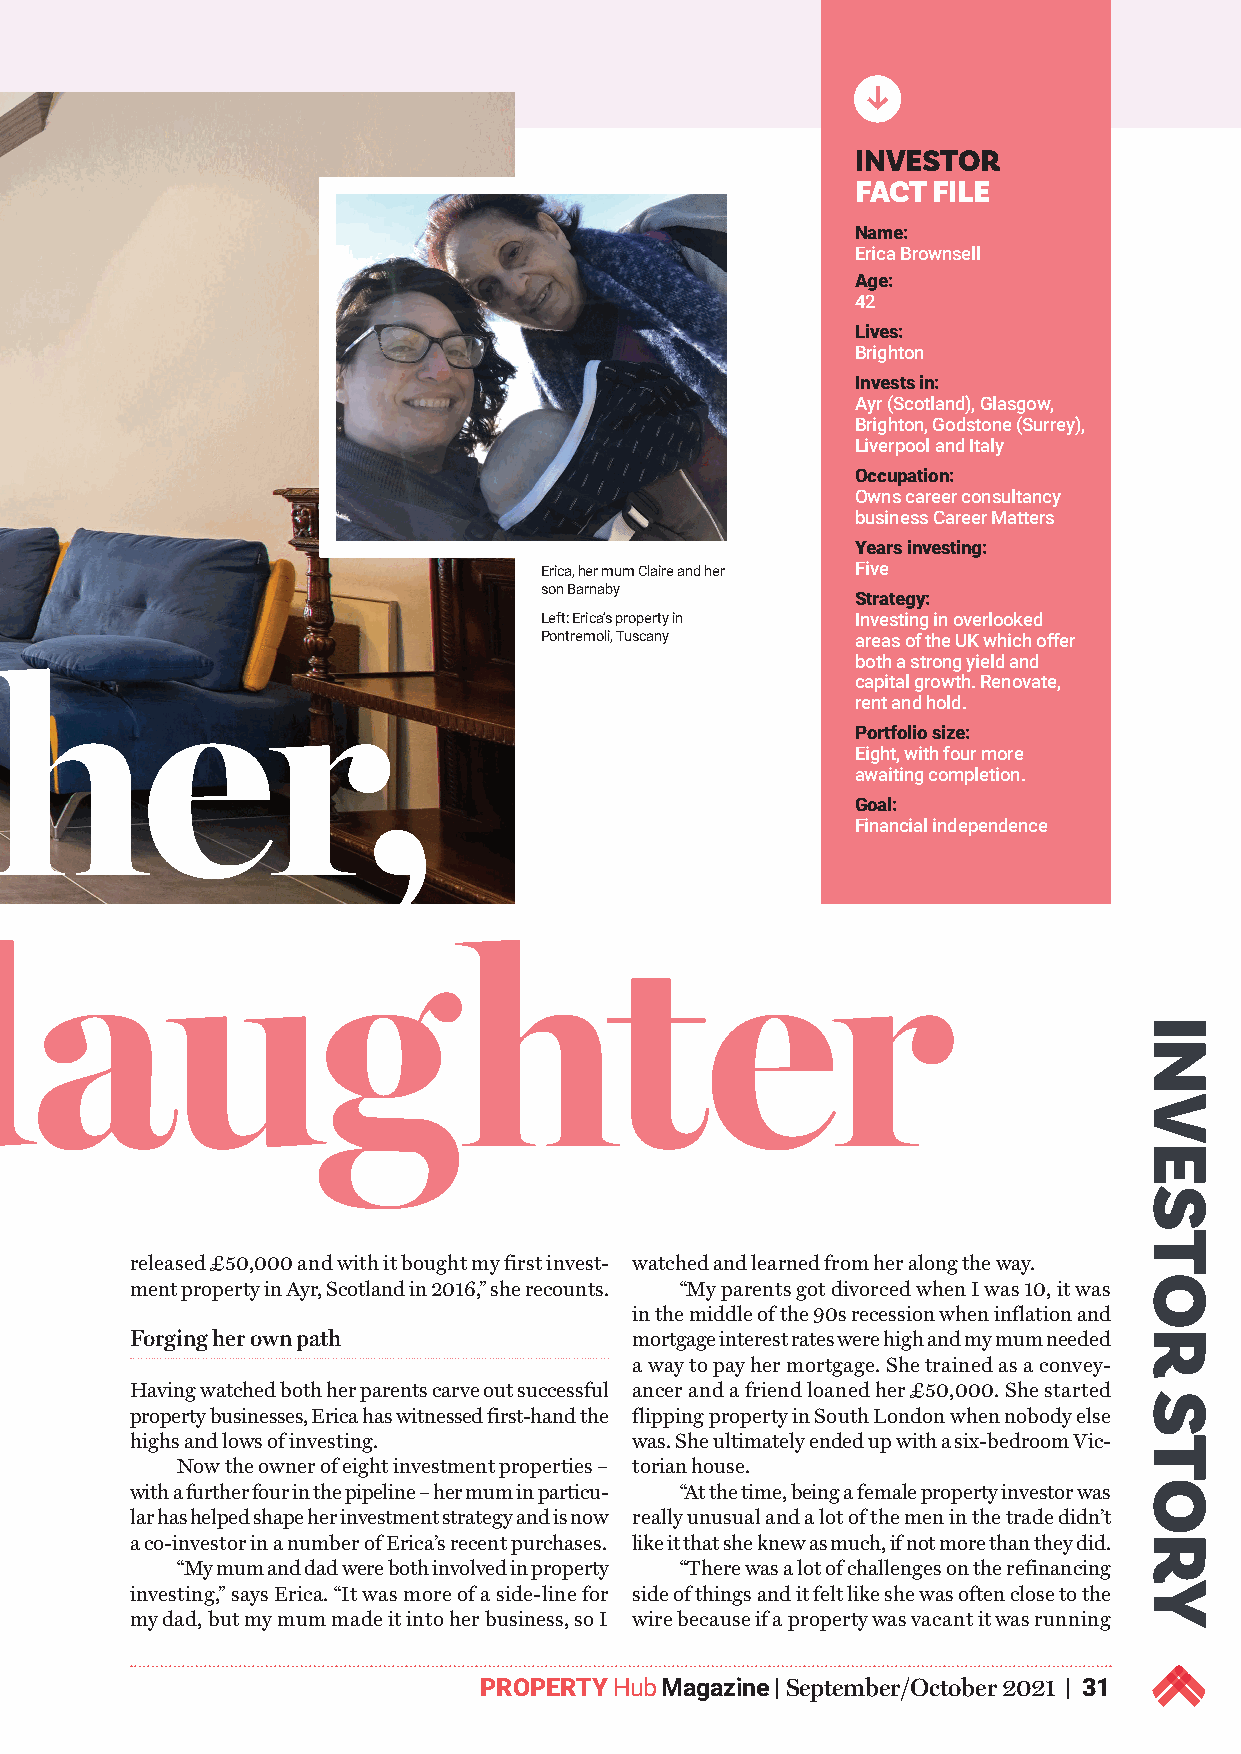
INVESTOR
 FACT FILE
 Name:
 Erica Brownsell
 Age:
 42
 Lives:
 Brighton
 Invests in:
 Ayr (Scotland), Glasgow,
 Brighton, Godstone (Surrey),
 Liverpool and Italy
 Occupation:
 Owns career consultancy
 business Career Matters
 Years investing:
 Erica, her mum Claire and her Five
 son Barnaby
 Strategy:
 Left: Erica’s property in Investing in overlooked
 Pontremoli, Tuscany  areas of the UK which offer
 both a strong yield and
 Like mother,
 capital growth. Renovate,
 rent and hold.
 Portfolio size:
 Eight, with four more
 awaiting completion.
 Goal:
 Financial independence
 like daughter
 released £50,000 and with it bought my first invest- watched and learned from her along the way.
 ment property in Ayr, Scotland in 2016,” she recounts. “My parents got divorced when I was 10, it was
 in the middle of the 90s recession when inflation and
 Forging her own path             mortgage interest rates were high and my mum needed
 a way to pay her mortgage. She trained as a convey-
 Having watched both her parents carve out successful ancer and a friend loaned her £50,000. She started
 property businesses, Erica has witnessed first-hand the flipping property in South London when nobody else
 highs and lows of investing.     was. She ultimately ended up with a six-bedroom Vic-
 Now the owner of eight investment properties – torian house.
 with a further four in the pipeline – her mum in particu- “At the time, being a female property investor was
 lar has helped shape her investment strategy and is now really unusual and a lot of the men in the trade didn’t
 a co-investor in a number of Erica’s recent purchases. like it that she knew as much, if not more than they did.
 “My mum and dad were both involved in property “There was a lot of challenges on the refinancing
 investing,” says Erica. “It was more of a side-line for side of things and it felt like she was often close to the
 my dad, but my mum made it into her business, so I wire because if a property was vacant it was running
 PROPERTY Hub Magazine | September/October 2021 | 31
 k
 INVESTOR
 STORY